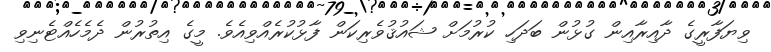
ވިޔަފާރީގެ ދާއިރާއިން ގުޅުން ބަދަހި ކުރުމަށް ޝައުޤުވެރިކަން ފާޅުކުރެއްވިއެވެ. މީގެ އިތުރުން ދެމެހެއްޓެނިވި